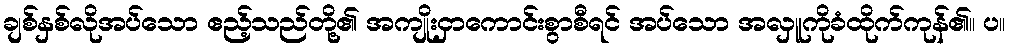
ချစ်နှစ်လိုအပ်သော ဧည့်သည်တို့၏ အကျိုးငှာကောင်းစွာစီရင် အပ်သော အလှူကိုခံထိုက်ကုန်၏။ ပ။